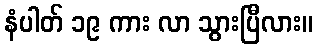
နံပါတ် ၁၉ ကား လာ သွားပြီလား။